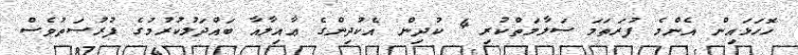
ހޮހަޅައިން އެންމެ ފުރަތަމަ ސަލާމަތްކުރި 4 ކުދިން އެކުދިންގެ ޢާއިލާއާ ބައްދަލުކުރުމުގެ ފުރުޞަތުވެސް